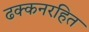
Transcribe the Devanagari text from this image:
ढक्कनरहित